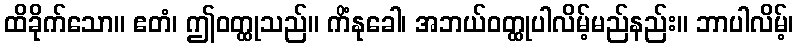
ထိခိုက်သော။ ဧတံ၊ ဤဝတ္ထုသည်။ ကိံနုခေါ၊ အဘယ်ဝတ္ထုပါလိမ့်မည်နည်း။ ဘာပါလိမ့်၊